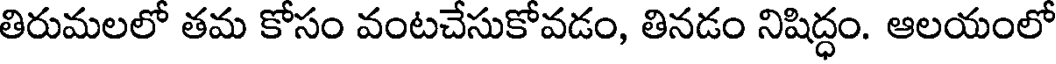
తిరుమలలో తమ కోసం వంటచేసుకోవడం, తినడం నిషిద్ధం. ఆలయంలో